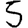
Digit: 5